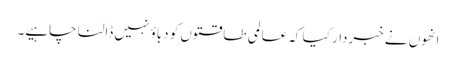
انھوں نے خبردار کیا کہ عالمی طاقتوں کو دباؤ نہیں ڈالنا چاہیے۔